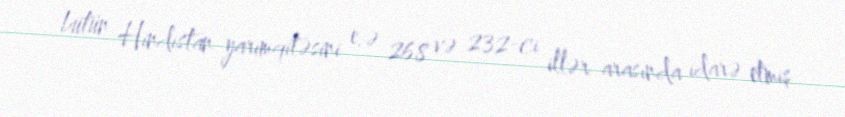
bütün Hindistan yarımqitəsini e.ə 268 və 232-ci illər arasında idarə etmiş